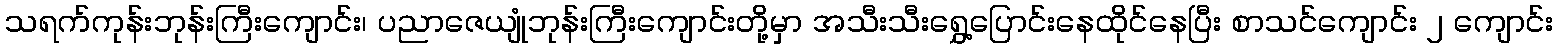
သရက်ကုန်းဘုန်းကြီးကျောင်း၊ ပညာဇေယျုံဘုန်းကြီးကျောင်းတို့မှာ အသီးသီးရွှေ့ပြောင်းနေထိုင်နေပြီး စာသင်ကျောင်း ၂ ကျောင်း